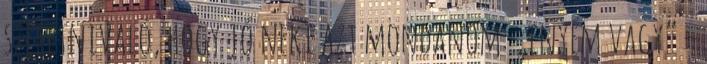
szeretnivaló, hogy jó neki azt mondanom: „enyém vagy” –